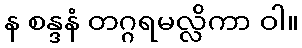
န စန္ဒနံ တဂ္ဂရမလ္လိကာ ဝါ။